Lunatic asylums United Provinces 1909-1921 - 1909-1921
Year: 1909
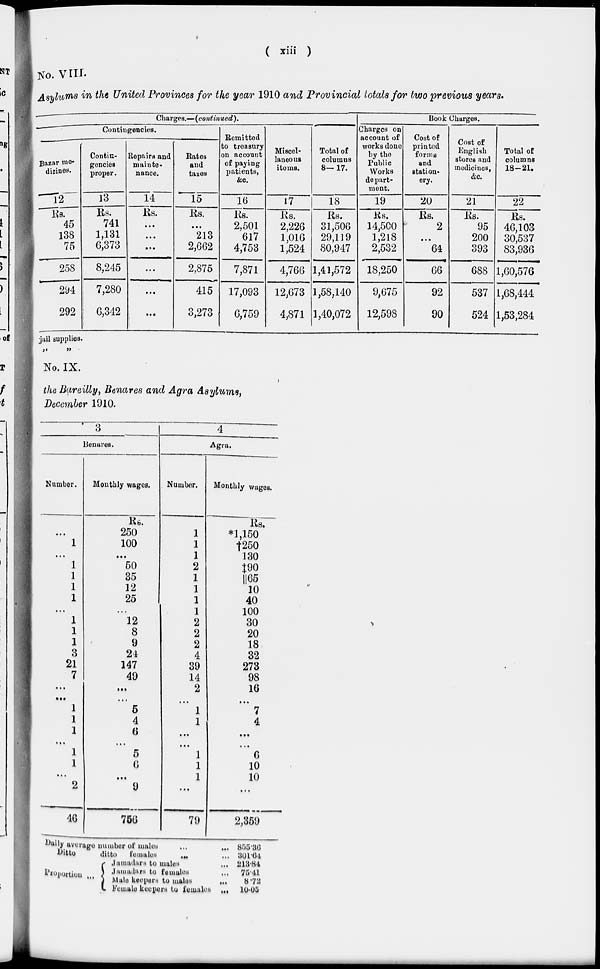
( xiii )
No. VIII
Asylums in the United Provinces for the year 1910 and Provincial totals for two previous years.
Charges.—(continued).
Contingencies.
Bazar me-
dicines.
12
Rs.
45
138
75
258
294
292
Contin-
gencies
proper.
13
Rs.
741
1,131
6,373
8,245
7,280
6,342
Repairs and
mainte-
nance.
14
Rs.
...
...
...
...
...
...
Rates
and
taxes
15
Rs.
...
213
2,662
2,875
415
3,273
Remitted
to treasury
on account
of paying
patients,
&c.
16
Rs.
2,501
617
4,753
7,871
17,093
6,759
Miscel-
laneous
items.
17
Rs.
2,226
1,016
1,524
4,766
12,673
4,871
Total of
columns
8—17.
18
Rs.
31,506
29,119
80,947
1,41,572
1,58,140
1,40,072
Book Charges.
Charges on
account of
works done
by the
Public
Works
depart-
ment.
19
Rs.
14,500
1,218
2,532
18,250
9,675
12,598
Cost of
printed
forma
and
station-
ery.
20
Rs.
2 ...
64
66
92
90
Cost of
English
stores and
medicines,
&c.
21
Rs.
95
200
393
688
537
524
Total of
columns
18-21.
22
Rs.
46,103
30,537
83,936
1,60,576
1,68,444
1,53,284
jail supplies.
„ „
No. IX.
the Bareilly, Benares and Agra Asylums,
December 1910.
3
Benares.
Number.
...
1
...
1
1
1
1
...
1
1
1
3
21
7
...
...
1
1
1
...
1
1
...
2
46
Monthly wages.
Rs.
250
100
...
50
35
12
25
...
12
8
9
24
147
49
...
...
5
4
6
...
5
6
...
9
756
4
Agra.
Number.
1
1
1
2
1
1
1
1
2
2
2
4
39
14
2
...
1
1
...
...
1
1
1
...
79
Monthly wages.
Rs.
*1,150
†250
130
‡90
||65
10
40
100
30
20
18
32
273
98
16
...
7
4
...
...
6
10
10
...
2,359
Daily average number of males ... ...
Ditto
ditto
females
... ...
Proportion
...
Jamadars to males ...
Jamadars to females ...
Male keepers to males
...
Females keepers to females ...
855.36
301.64
213.84.
75.41
8.72
10.05